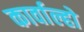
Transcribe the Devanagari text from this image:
कार्वाल्हो